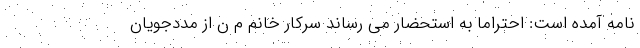
نامه آمده است: احتراماً به استحضار می رساند سرکار خانم م ن از مددجویان